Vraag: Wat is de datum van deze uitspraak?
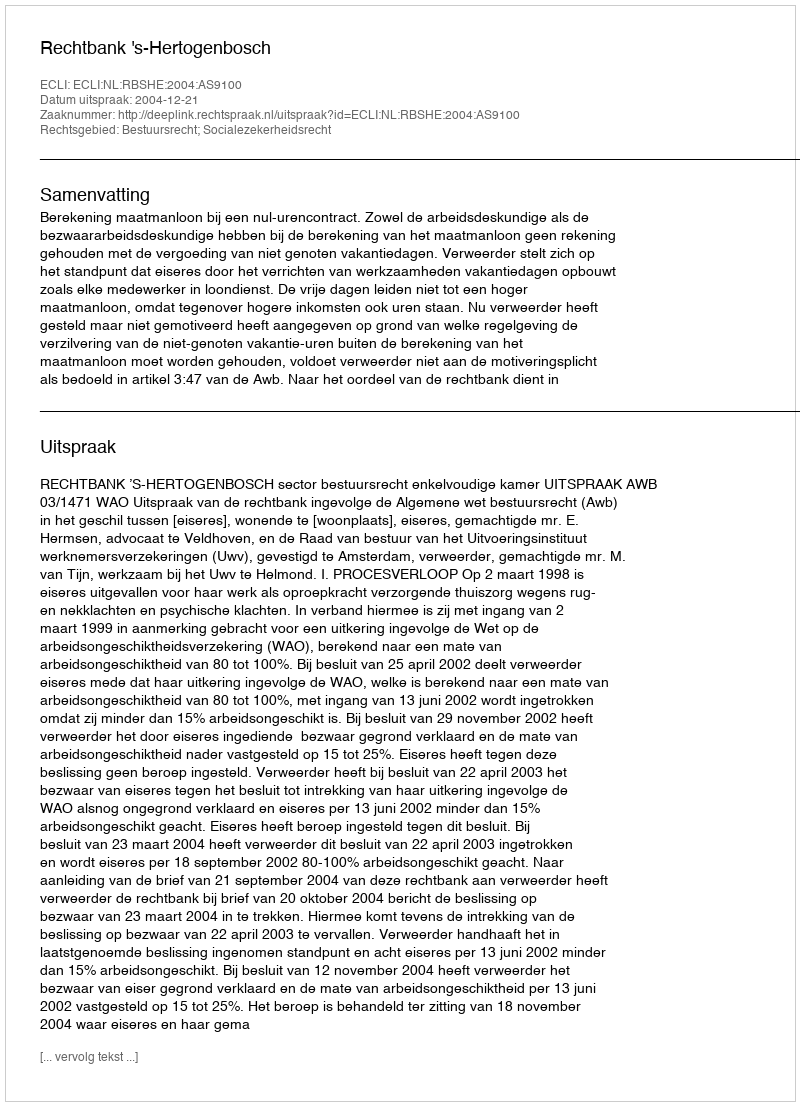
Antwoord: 2004-12-21